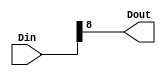
module  xlslice_v1_0_2_xlslice (Din,Dout);

	parameter DIN_WIDTH  = 32;
	parameter DIN_FROM = 8;
	parameter DIN_TO = 8;
	
	input [DIN_WIDTH -1:0] Din;
	output [DIN_FROM - DIN_TO:0] Dout;
	 
	assign Dout = Din [DIN_FROM: DIN_TO];
endmodule